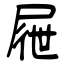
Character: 屜